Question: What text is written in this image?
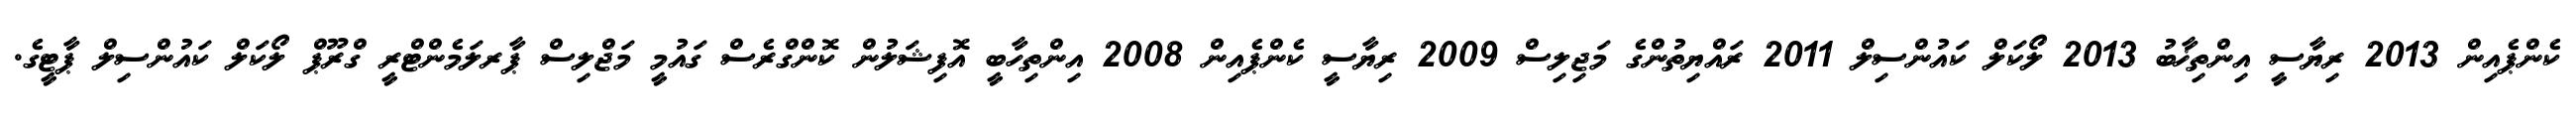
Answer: ކެންޕެއިން 2013 ރިޔާސީ އިންތިޚާބު 2013 ލޯކަލް ކައުންސިލް 2011 ރައްޔިތުންގެ މަޖިލިސް 2009 ރިޔާސީ ކެންޕެއިން 2008 އިންތިހާބީ އޮފިޝަލުން ކޮންގްރެސް ގައުމީ މަޖްލިސް ޕާރލަމެންޓްރީ ގްރޫޕް ލޯކަލް ކައުންސިލް ޕާޓީގެ.